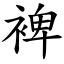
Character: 裨